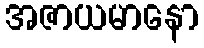
အဇာယမာနော